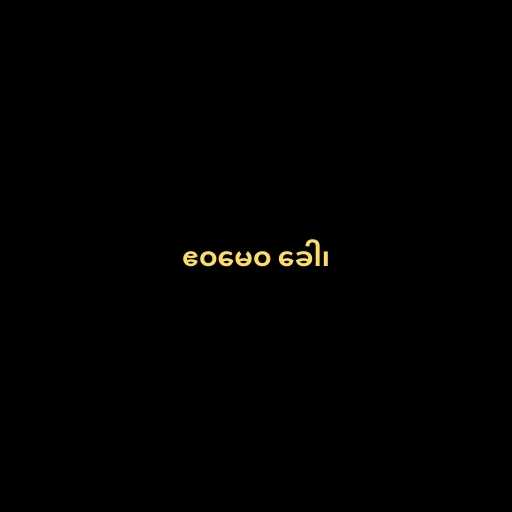
ဧဝမေဝ ခေါ၊